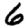
Digit: 6